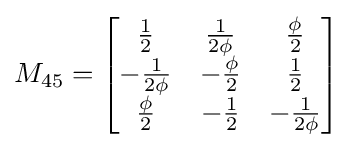
M_{45}={\begin{bmatrix}{\frac {1}{2}}&{\frac {1}{2\phi }}&{\frac {\phi }{2}}\\-{\frac {1}{2\phi }}&-{\frac {\phi }{2}}&{\frac {1}{2}}\\{\frac {\phi }{2}}&-{\frac {1}{2}}&-{\frac {1}{2\phi }}\end{bmatrix}}